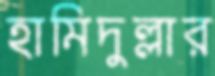
হামিদুল্লার